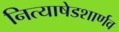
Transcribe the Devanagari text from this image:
नित्याषेडशार्णव